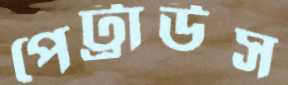
পেট্রাউস